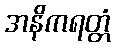
အနိကရတ္တံ